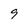
Character: 9